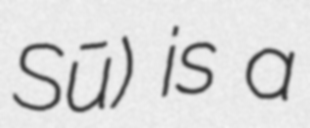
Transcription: Sū) is a